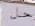
حل